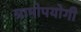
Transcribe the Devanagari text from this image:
ग्रामोपयोगी